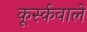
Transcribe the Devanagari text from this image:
कूर्स्कवाले